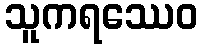
သူကရဿေဝ